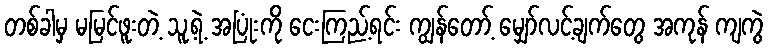
တစ်ခါမှ မမြင်ဖူးတဲ့ သူ့ရဲ့ အပြုံးကို ငေးကြည့်ရင်း ကျွန်တော့် မျှော်လင့်ချက်တွေ အကုန် ကျကွဲ